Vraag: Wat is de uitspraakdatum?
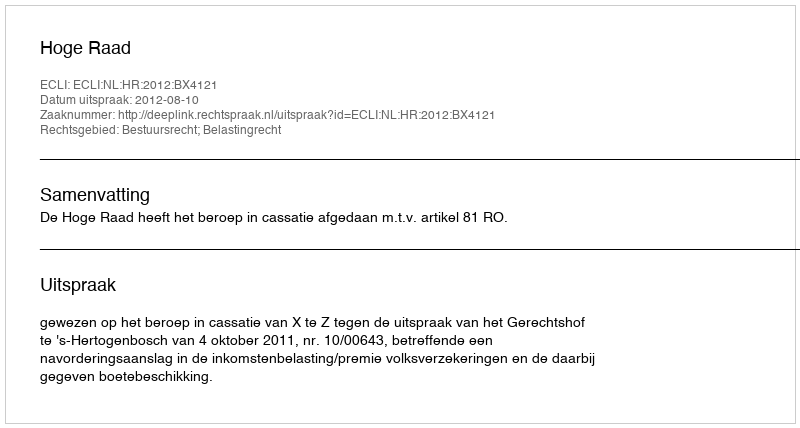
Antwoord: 2012-08-10